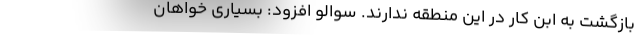
بازگشت به ابن کار در این منطقه ندارند. سوالو افزود: بسیاری خواهان